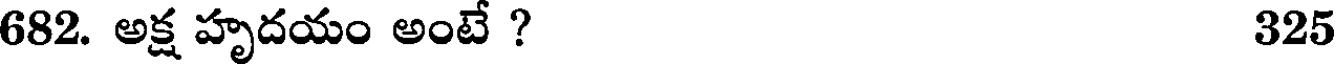
682. అక్ష హృదయం అంటే ? 325